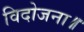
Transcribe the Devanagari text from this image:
विदोजना॥